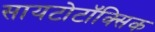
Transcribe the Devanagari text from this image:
सायटोटॉक्सिक